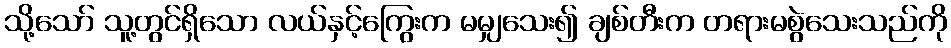
သို့သော် သူ့တွင်ရှိသော လယ်နှင့်ကြွေးက မမျှသေး၍ ချစ်တီးက တရားမစွဲသေးသည်ကို